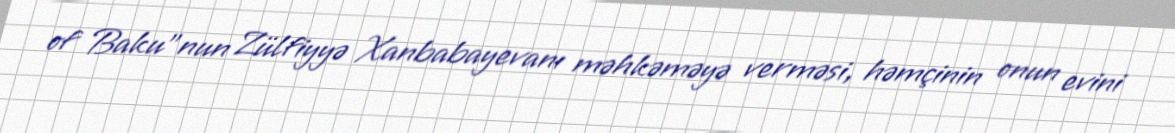
of Baku”nun Zülfiyyə Xanbabayevanı məhkəməyə verməsi, həmçinin onun evini